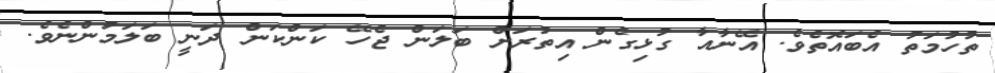
ތުހުމަތު އެބައޮތެވެ. އޭނާއާ ގުޅިގެން އިތުރަށް ބަލަން ޖެހޭ ކަންކަން ދަނީ ބަލަމުންނެވެ.